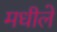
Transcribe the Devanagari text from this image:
मधीले